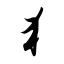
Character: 犭